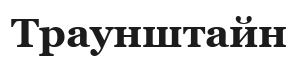
Траунштайн